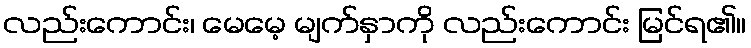
လည်းကောင်း၊ မေမေ့ မျက်နှာကို လည်းကောင်း မြင်ရ၏။